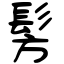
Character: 髣